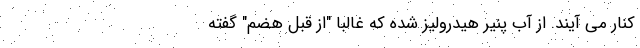
کنار می آیند. از آب پنیر هیدرولیز شده که غالباً "از قبل هضم" گفته